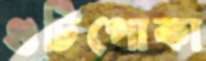
গুটিপোকা